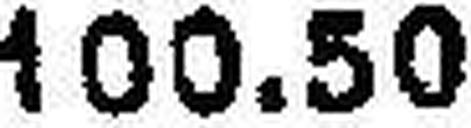
100.50